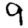
Digit: 9